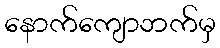
နောက်ကျောဘက်မှ